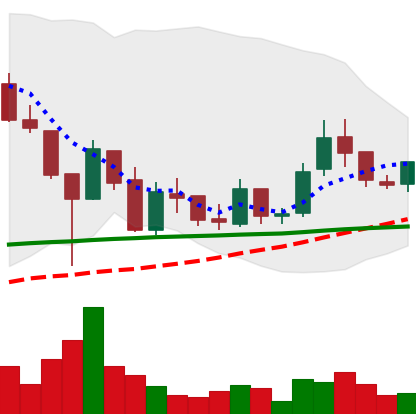
Ticker: LINK-USD
Chart end date: 2019-02-13
Forward return: 6.821%
Label: up_5_7